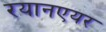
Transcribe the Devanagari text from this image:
रयानएयर